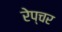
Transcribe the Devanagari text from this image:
रेप्चर